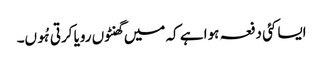
ایسا کئی دفعہ ہوا ہے کہ میں گھنٹوں رویا کرتی ہُوں۔